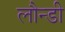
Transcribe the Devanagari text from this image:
लौन्डी